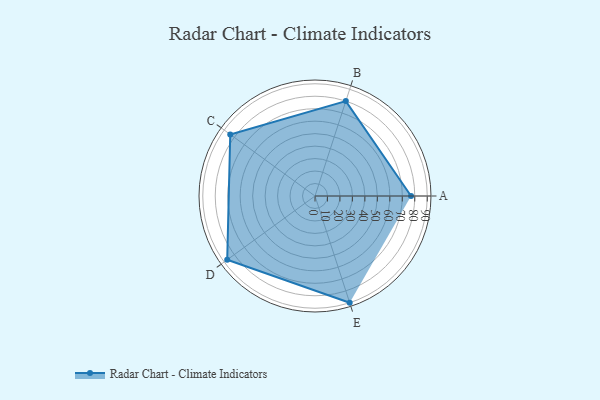
{"axis": {"x": "Skill", "y": "Score"}, "legend": ["Profile"], "data": [{"x": "A", "y": 77.0, "type": "Profile"}, {"x": "B", "y": 80.0, "type": "Profile"}, {"x": "C", "y": 84.0, "type": "Profile"}, {"x": "D", "y": 87.0, "type": "Profile"}, {"x": "E", "y": 90.0, "type": "Profile"}]}